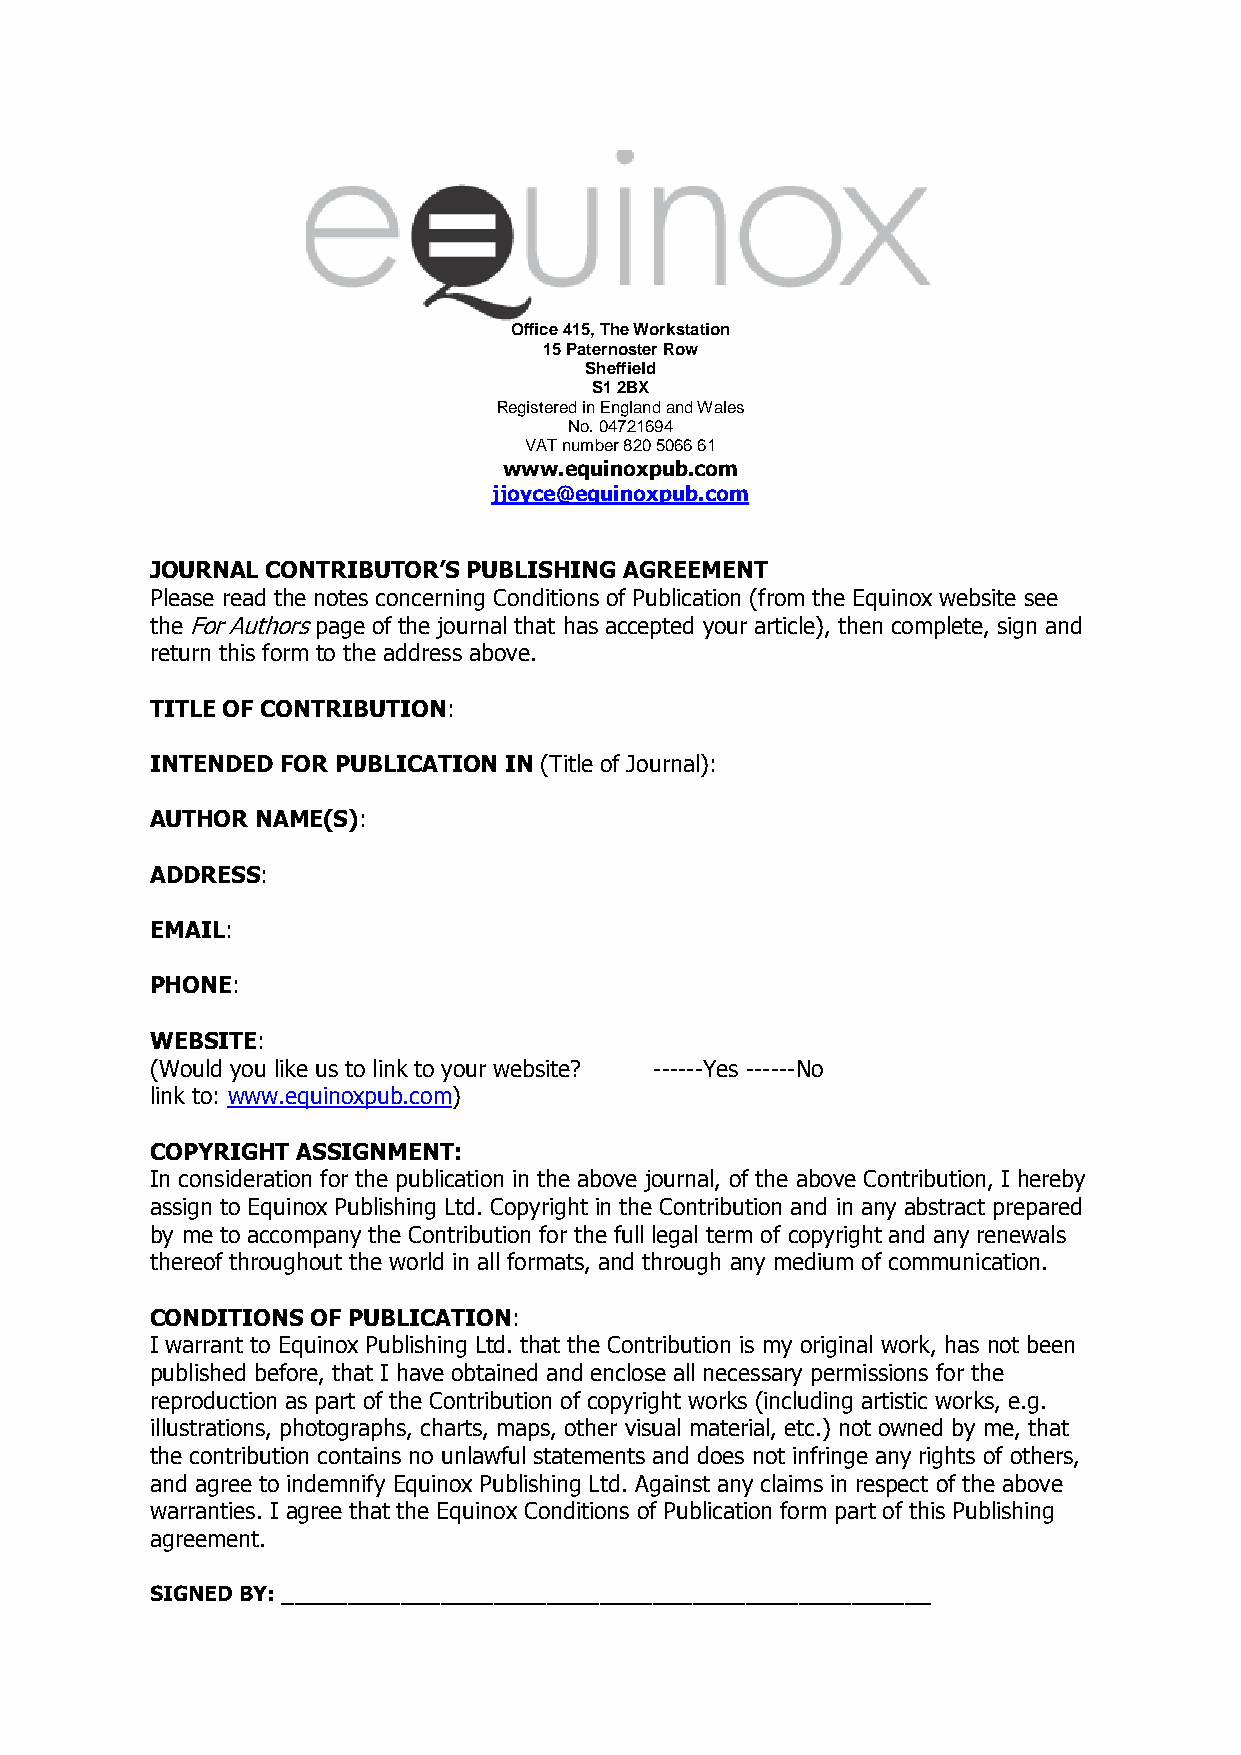
Office 415, The Workstation
 15 Paternoster Row
 Sheffield
 S1 2BX
 Registered in England and Wales
 No. 04721694
 VAT number 820 5066 61
 www.equinoxpub.com
 jjoyce@equinoxpub.com
 JOURNAL CONTRIBUTOR’S PUBLISHING AGREEMENT
 Please read the notes concerning Conditions of Publication (from the Equinox website see
 the For Authors page of the journal that has accepted your article), then complete, sign and
 return this form to the address above.
 TITLE OF CONTRIBUTION:
 INTENDED FOR PUBLICATION IN (Title of Journal):
 AUTHOR NAME(S):
 ADDRESS:
 EMAIL:
 PHONE:
 WEBSITE:
 (Would you like us to link to your website? ------Yes ------No
 link to: www.equinoxpub.com)
 COPYRIGHT ASSIGNMENT:
 In consideration for the publication in the above journal, of the above Contribution, I hereby
 assign to Equinox Publishing Ltd. Copyright in the Contribution and in any abstract prepared
 by me to accompany the Contribution for the full legal term of copyright and any renewals
 thereof throughout the world in all formats, and through any medium of communication.
 CONDITIONS OF PUBLICATION:
 I warrant to Equinox Publishing Ltd. that the Contribution is my original work, has not been
 published before, that I have obtained and enclose all necessary permissions for the
 reproduction as part of the Contribution of copyright works (including artistic works, e.g.
 illustrations, photographs, charts, maps, other visual material, etc.) not owned by me, that
 the contribution contains no unlawful statements and does not infringe any rights of others,
 and agree to indemnify Equinox Publishing Ltd. Against any claims in respect of the above
 warranties. I agree that the Equinox Conditions of Publication form part of this Publishing
 agreement.
 SIGNED BY: _________________________________________________